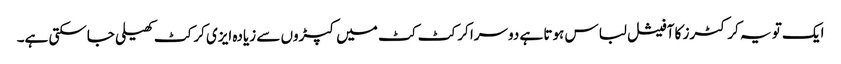
ایک تو یہ کرکٹرز کا آفیشل لباس ہوتا ہے دوسرا کرکٹ کٹ میں کپڑوں سے زیادہ ایزی کرکٹ کھیلی جاسکتی ہے۔